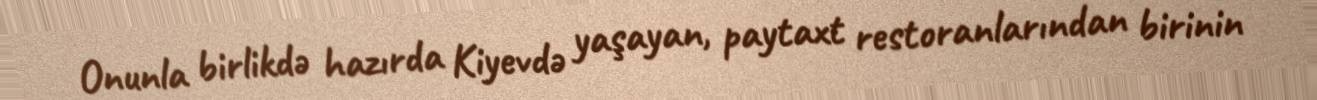
Onunla birlikdə hazırda Kiyevdə yaşayan, paytaxt restoranlarından birinin